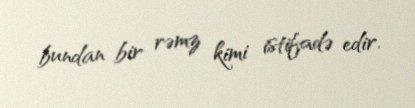
bundan bir rəmz kimi istifadə edir.